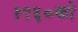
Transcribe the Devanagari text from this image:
१९६०को